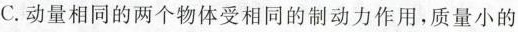
C.动量相同的两个物体受相同的制动力作用，质量小的